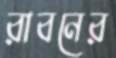
রাবনের